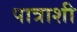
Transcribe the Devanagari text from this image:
पात्राशी